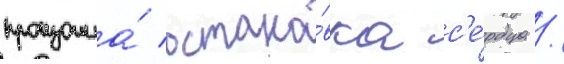
произошла́ остано́вка с'е́рдца /